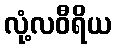
လုံ့လဝီရိယ